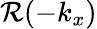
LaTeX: \mathcal{R}(-k_{x})